Vital statistics of India. Vol. V, Reports of 1876 on armies & jails and on epidemic cholera
Year: 1876
Disease focus: Cholera
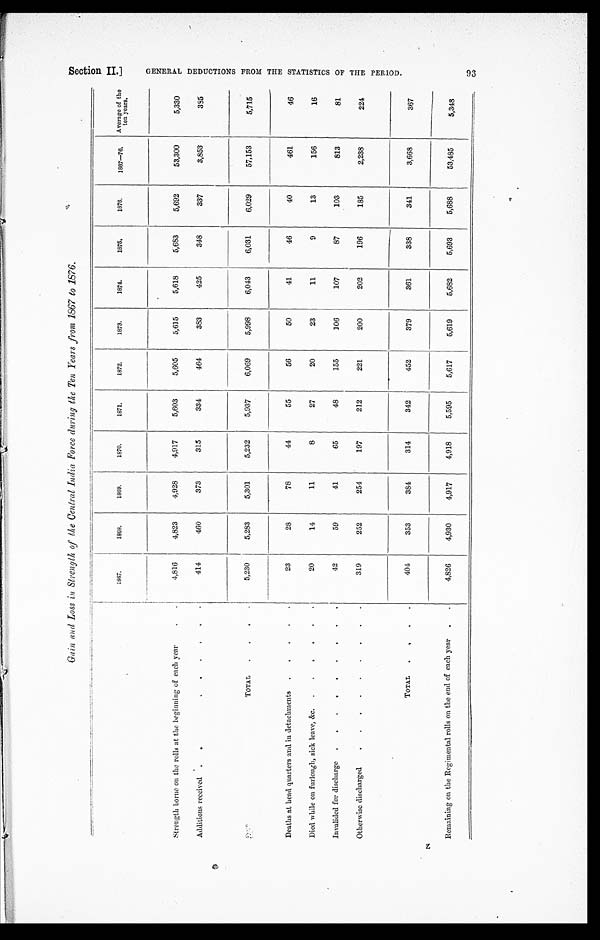
Gain and Loss in Strength of the Central India Force during the Ten Years from 1867 to 1876.
Strength borne on the rolls at the beginning of each year . . .
1867.
1868.
1869,
1870.
1871.
1872.
1873.
1874.
1875.
1876.
1867-76.
Average of the
ten years.
4,816
4,823
4,928
4,917
5,603
5,605
5,615
5,618
5,683
5,692
53,300
5,330
Additions received . . .
414
460
373
315
334
464
383
425
348
337
3,853
385
TOTAL . . .
5,230
5,283
5,301
5,232
5,937
6,069
5,998
6,043
6,031
6,029
57,153
5,715
Deaths at head quarters and in detachments . . .
23
28
78
44
55
56
50
41
46
40
461
46
Died while on furlough, sick leave, &c. . . .
20
14
11
8
27
20
23
11
9
13
156
16
Invalided for discharge . . .
42
59
41
65
48
155
106
107
87
103
813
81
Otherwise discharged . . .
319
252
254
197
212
221
200
202
196
185
2,238
224
TOTAL . . .
404
353
384
314
342
452
379
361
338
341
3,668
367
Remaining on the Regimental rolls on the end of each year . . .
4,826
4,930
4,917
4,918
5,595
5,617
5,619
5,682
5,693
5,688
53,485
5,348
Sect i on I I . ]
G E N E R A L D E D U C T I O N S F R O M T H E S T A T I S T I C S O F T H E P E R I O D .
93 z